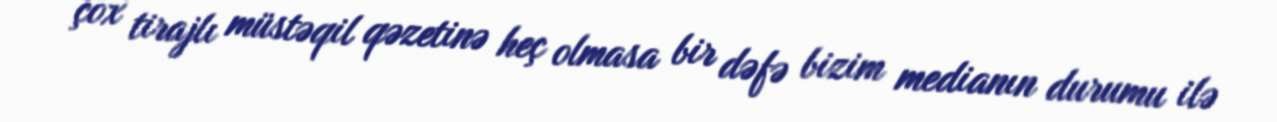
çox tirajlı müstəqil qəzetinə heç olmasa bir dəfə bizim medianın durumu ilə